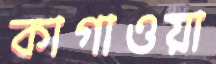
কাগাওয়া